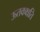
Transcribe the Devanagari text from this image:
ऊतकक्षति